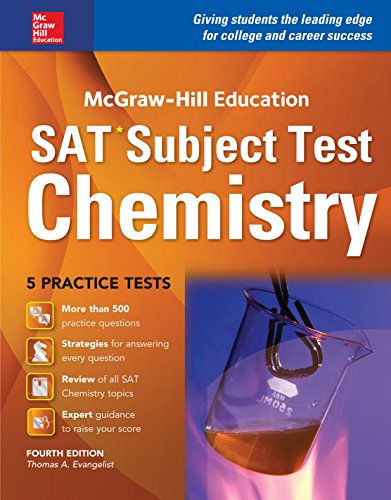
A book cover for McGraw-Hill Education SAT Subject Test Chemistry 4th Ed.; Thomas Evangelist; Test Preparation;